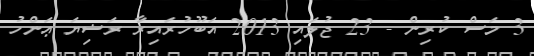
3 މަސް ކުރިން - 23 ޖުލައި 2013 އަބޫހުރައިރާ ރަޟިޔަ ޢަންހު